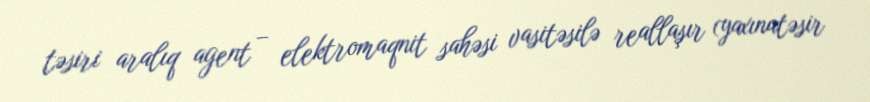
təsiri aralıq agent – elektromaqnit sahəsi vasitəsilə reallaşır (yaxınatəsir